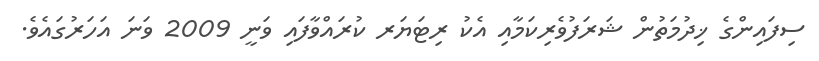
ސިފައިންގެ ޚިދުމަތުން ޝަރަފުވެރިކަމާއި އެކު ރިޓަޔަރ ކުރައްވާފައި ވަނީ 2009 ވަނަ އަހަރުގައެވެ.